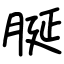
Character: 脠